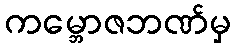
ကမ္ဘောဇဘဏ်မှ